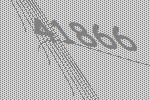
41866